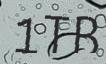
1TB